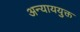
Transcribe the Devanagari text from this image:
अन्याययुक्त